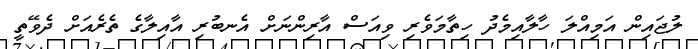
ލުޖައިން އަމިއްލަ ހާލާއިމެދު ހިތާމަވެރި ވިއަސް އާރިންނަށް އެނބުރި އާއިލާގެ ތެރެއަށް ދެވޭތީ